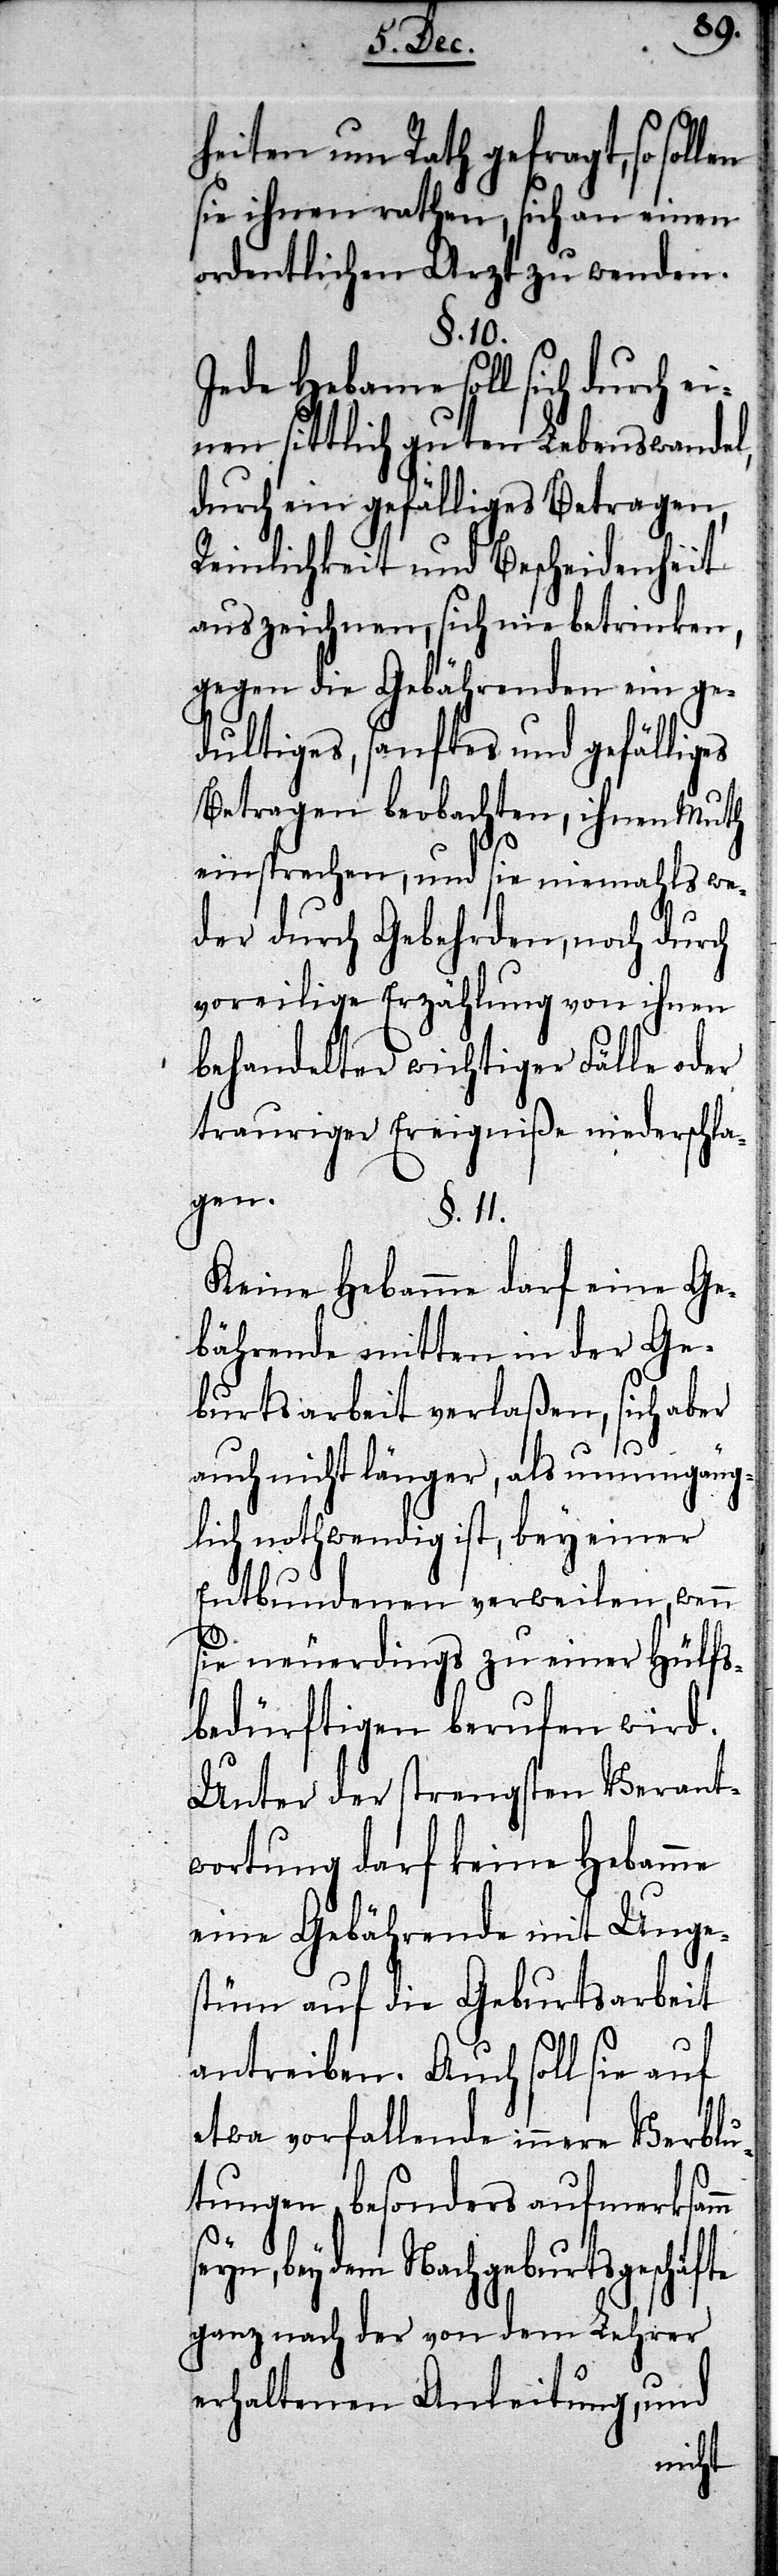
heiten um Rath gefragt, so
sie ihnen rathen, sich
einen
ordentlichen Arzt zu wenden.
§. 10.
Jede Hebamme soll sich durch ei¬
nen sittlich guten Leben¬
swandel,
durch ein gefälliges Betragen,
fte
Reinlichkeit und Beschei¬
auszeichnen, sich nie be¬
trinken,
gegen die Gebährenden ein ge¬
dultiges, sanftes und gefälliges
Betragen beobachten, ih¬
nen Muth
einsprechen, und sie niemahls we¬
der durch Gebehrden, noch durch
voreilige Erzählung von ihnen
behandelter wichtiger Fälle oder
trauriger Ereigniße niedersc¬
gen.
§. 11.
Keine Hebamme darf eine Ge¬
Ge¬
bährende mitten in der
burtsarbeit verlaßen, sich aber
auch nicht länger, als unumgän¬
glich nothwendig ist, bey einer
Entbundenen verweilen, wenn
sie neuerdings zu einer Hülfs¬
bedürftigen berufen wird.
Unter der strengsten Verant¬
wortung darf keine
eine Gebährende mit
stüm auf die Geburtsarbeit
antreiben. Auch soll sie auf
etwa vorfallende innere Verblu¬
tungen besonders aufmerksamm
bey dem Nachgeburtsgeschä¬
ganz nach der von dem Lehrer
erhaltenen Anleitung, und